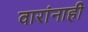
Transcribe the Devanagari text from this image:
वारांनाही